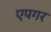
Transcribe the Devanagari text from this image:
एपगर